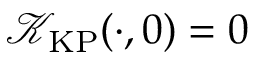
\mathcal { K } _ { \mathrm { K P } } ( \cdot , 0 ) = 0